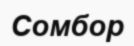
Сомбор